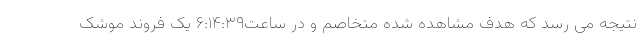
نتیجه می رسد که هدف مشاهده شده متخاصم و در ساعت۶:۱۴:۳۹ یک فروند موشک